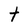
Character: t